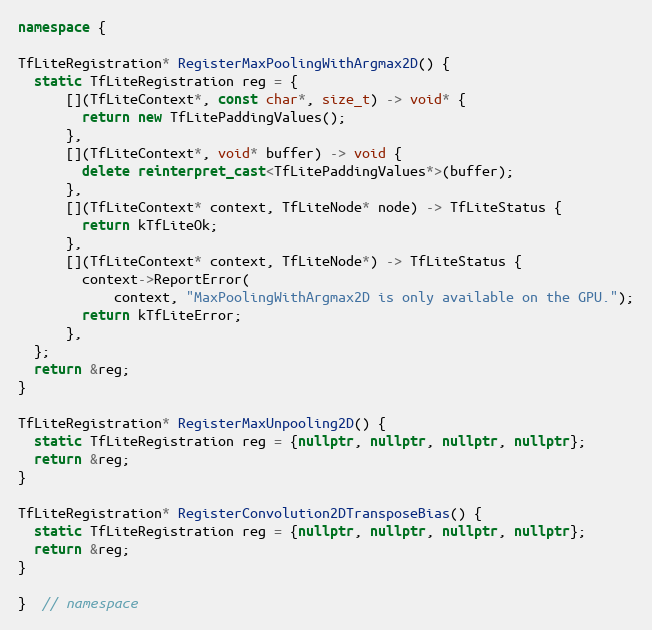
Language: C++
namespace {

TfLiteRegistration* RegisterMaxPoolingWithArgmax2D() {
  static TfLiteRegistration reg = {
      [](TfLiteContext*, const char*, size_t) -> void* {
        return new TfLitePaddingValues();
      },
      [](TfLiteContext*, void* buffer) -> void {
        delete reinterpret_cast<TfLitePaddingValues*>(buffer);
      },
      [](TfLiteContext* context, TfLiteNode* node) -> TfLiteStatus {
        return kTfLiteOk;
      },
      [](TfLiteContext* context, TfLiteNode*) -> TfLiteStatus {
        context->ReportError(
            context, "MaxPoolingWithArgmax2D is only available on the GPU.");
        return kTfLiteError;
      },
  };
  return &reg;
}

TfLiteRegistration* RegisterMaxUnpooling2D() {
  static TfLiteRegistration reg = {nullptr, nullptr, nullptr, nullptr};
  return &reg;
}

TfLiteRegistration* RegisterConvolution2DTransposeBias() {
  static TfLiteRegistration reg = {nullptr, nullptr, nullptr, nullptr};
  return &reg;
}

}  // namespace